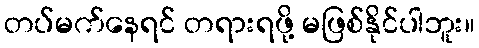
တပ်မက်နေရင် တရားရဖို့ မဖြစ်နိုင်ပါဘူး။